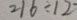
2 1 6 \div 1 2 =